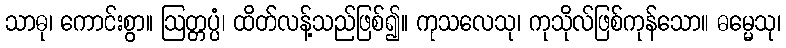
သာဓု၊ ကောင်းစွာ။ ဩတ္တပ္ပံ၊ ထိတ်လန့်သည်ဖြစ်၍။ ကုသလေသု၊ ကုသိုလ်ဖြစ်ကုန်သော။ ဓမ္မေသု၊